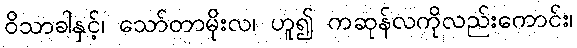
ဝိသာခါနှင့်၊ သော်တာမိုးလ၊ ဟူ၍ ကဆုန်လကိုလည်းကောင်း၊